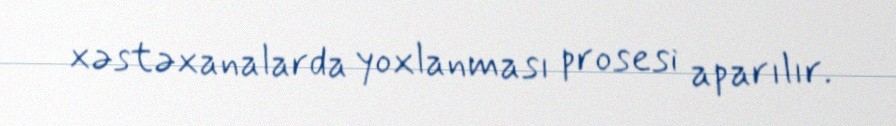
xəstəxanalarda yoxlanması prosesi aparılır.